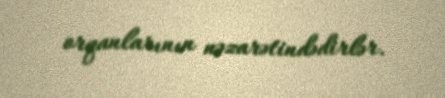
orqanlarının nəzarətindədirlər.